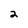
Character: 2